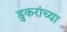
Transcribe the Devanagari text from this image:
डुकरांच्या